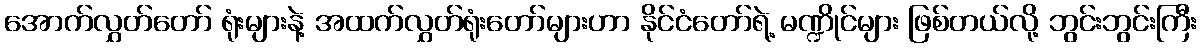
အောက်လွှတ်တော် ရုံးများနဲ့ အထက်လွှတ်ရုံးတော်များဟာ နိုင်ငံတော်ရဲ့ မဏ္ဍိုင်များ ဖြစ်တယ်လို့ ဘွင်းဘွင်းကြီး